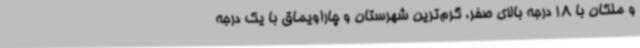
و ملکان با 18 درجه بالای صفر، گرم‌ترین شهرستان و چاراویماق با یک درجه